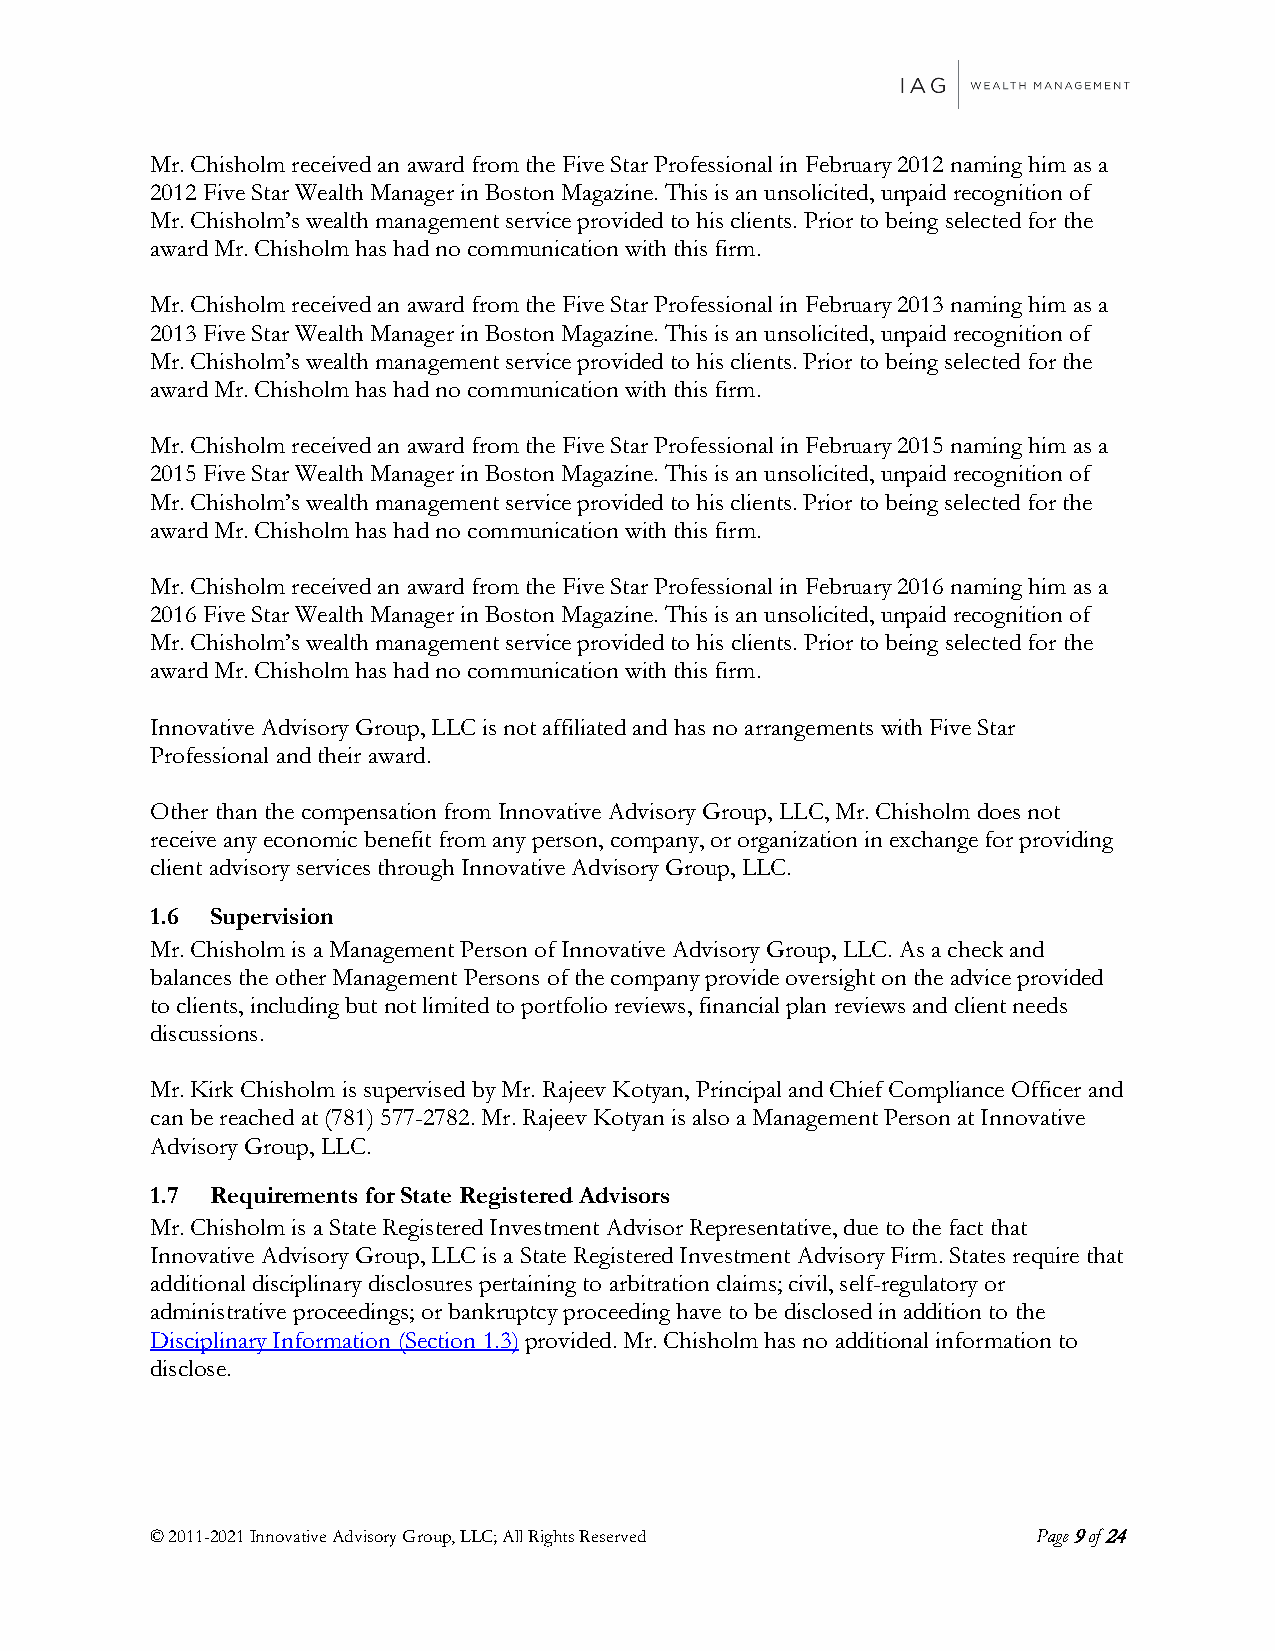
Mr. Chisholm received an award from the Five Star Professional in February 2012 naming him as a
 2012 Five Star Wealth Manager in Boston Magazine. This is an unsolicited, unpaid recognition of
 Mr. Chisholm’s wealth management service provided to his clients. Prior to being selected for the
 award Mr. Chisholm has had no communication with this firm.
 Mr. Chisholm received an award from the Five Star Professional in February 2013 naming him as a
 2013 Five Star Wealth Manager in Boston Magazine. This is an unsolicited, unpaid recognition of
 Mr. Chisholm’s wealth management service provided to his clients. Prior to being selected for the
 award Mr. Chisholm has had no communication with this firm.
 Mr. Chisholm received an award from the Five Star Professional in February 2015 naming him as a
 2015 Five Star Wealth Manager in Boston Magazine. This is an unsolicited, unpaid recognition of
 Mr. Chisholm’s wealth management service provided to his clients. Prior to being selected for the
 award Mr. Chisholm has had no communication with this firm.
 Mr. Chisholm received an award from the Five Star Professional in February 2016 naming him as a
 2016 Five Star Wealth Manager in Boston Magazine. This is an unsolicited, unpaid recognition of
 Mr. Chisholm’s wealth management service provided to his clients. Prior to being selected for the
 award Mr. Chisholm has had no communication with this firm.
 Innovative Advisory Group, LLC is not affiliated and has no arrangements with Five Star
 Professional and their award.
 Other than the compensation from Innovative Advisory Group, LLC, Mr. Chisholm does not
 receive any economic benefit from any person, company, or organization in exchange for providing
 client advisory services through Innovative Advisory Group, LLC.
 1.6 Supervision
 Mr. Chisholm is a Management Person of Innovative Advisory Group, LLC. As a check and
 balances the other Management Persons of the company provide oversight on the advice provided
 to clients, including but not limited to portfolio reviews, financial plan reviews and client needs
 discussions.
 Mr. Kirk Chisholm is supervised by Mr. Rajeev Kotyan, Principal and Chief Compliance Officer and
 can be reached at (781) 577-2782. Mr. Rajeev Kotyan is also a Management Person at Innovative
 Advisory Group, LLC.
 1.7 Requirements for State Registered Advisors
 Mr. Chisholm is a State Registered Investment Advisor Representative, due to the fact that
 Innovative Advisory Group, LLC is a State Registered Investment Advisory Firm. States require that
 additional disciplinary disclosures pertaining to arbitration claims; civil, self-regulatory or
 administrative proceedings; or bankruptcy proceeding have to be disclosed in addition to the
 Disciplinary Information (Section 1.3) provided. Mr. Chisholm has no additional information to
 disclose.
 © 2011-2021 Innovative Advisory Group, LLC; All Rights Reserved Page 9 of 24